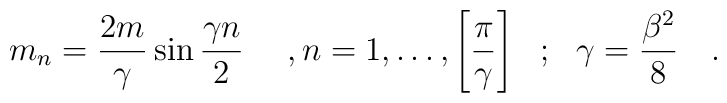
m_{n} = \frac{2m}{\gamma} \sin \frac{\gamma n}{2} ~~~~,n=1, \ldots , \left[\frac{\pi}{\gamma}\right] ~~;~~\gamma = \frac{\beta^{2}}{8}~~~.